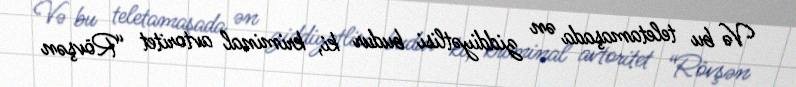
Və bu teletamaşada ən ziddiyətlisi budur ki, kriminal avtoritet “Rövşən